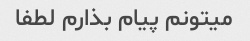
میتونم پیام بذارم لطفا